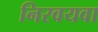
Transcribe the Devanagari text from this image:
निरवयवा